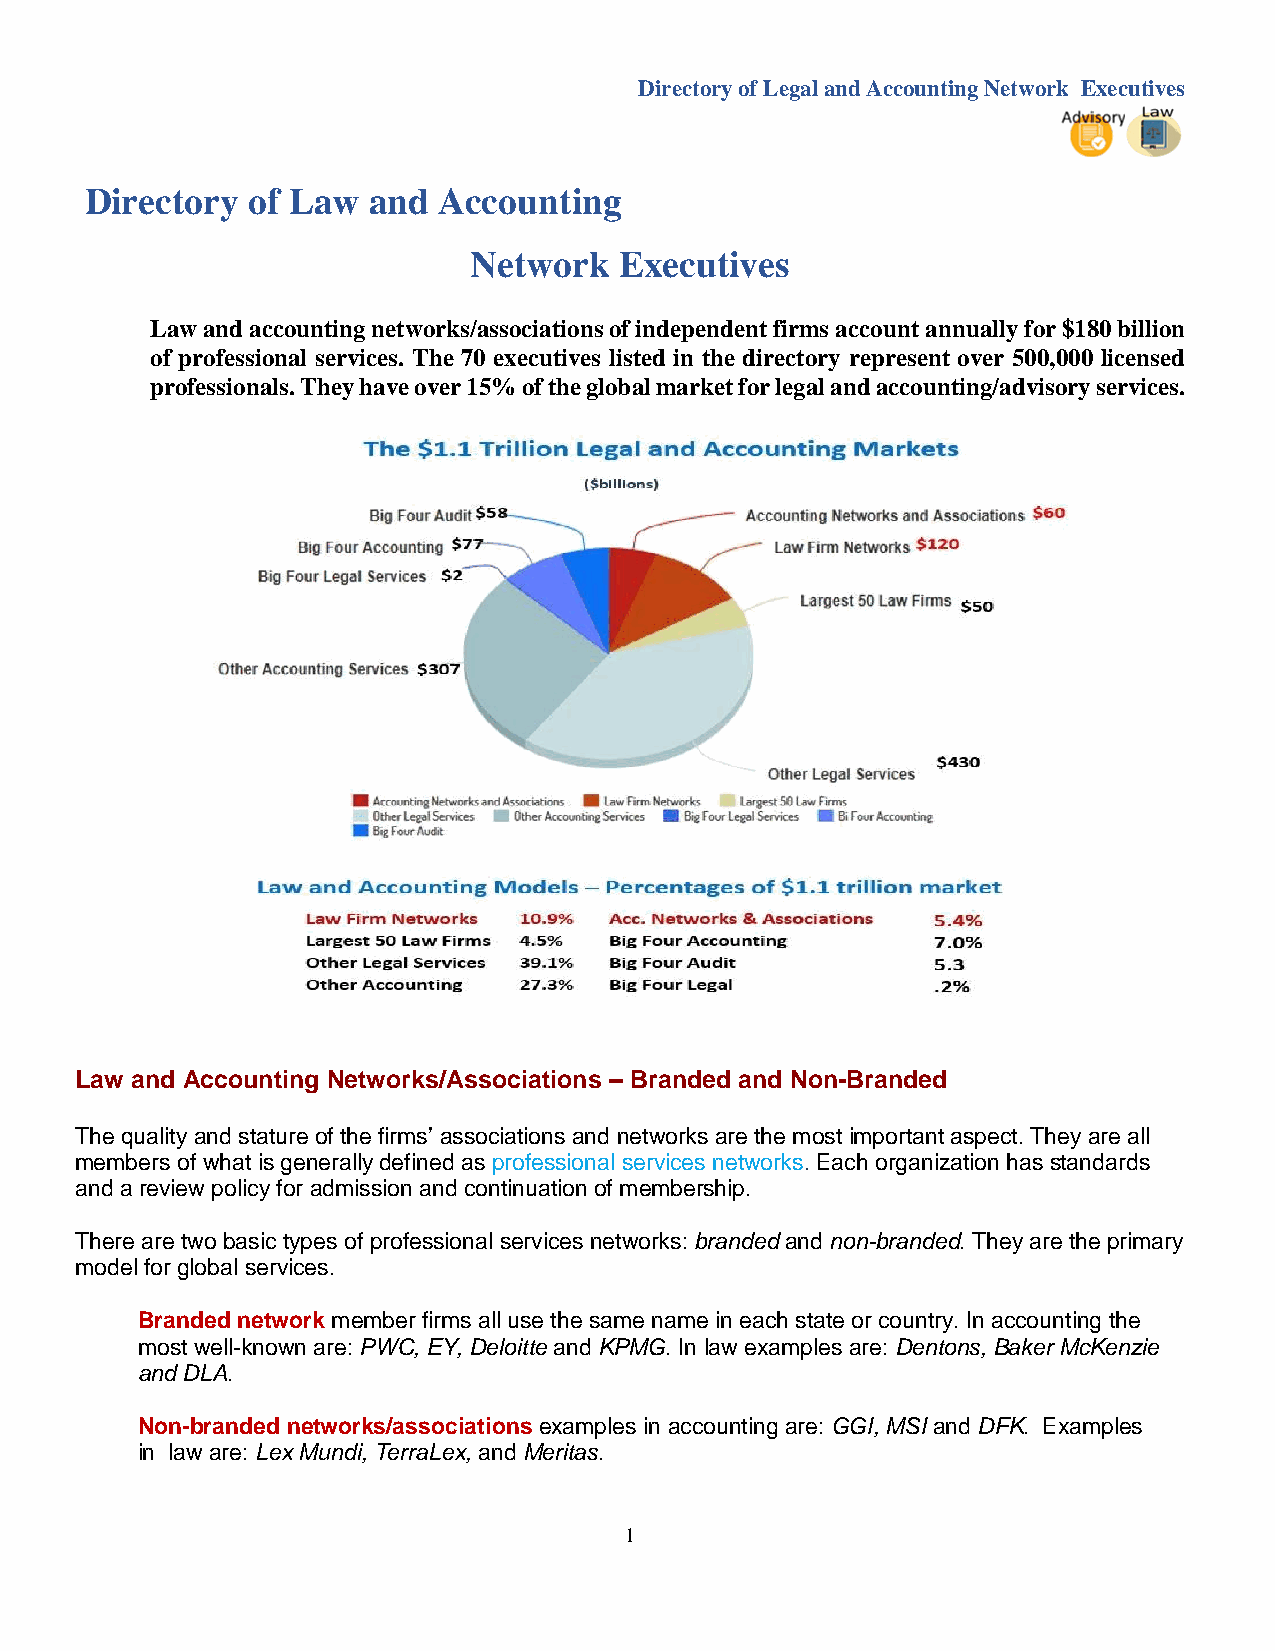
Directory of Legal and Accounting Network Executives
 Directory of Law  and  Accounting
 Network   Executives
 Law and accounting networks/associations of independent firms account annually for $180 billion
 of professional services. The 70 executives listed in the directory represent over 500,000 licensed
 professionals. They have over 15% of the global market for legal and accounting/advisory services.
 Law and Accounting Networks/Associations – Branded and Non-Branded
 The quality and stature of the firms’ associations and networks are the most important aspect. They are all
 members of what is generally defined as professional services networks. Each organization has standards
 and a review policy for admission and continuation of membership.
 There are two basic types of professional services networks: branded and non-branded. They are the primary
 model for global services.
 Branded network member firms all use the same name in each state or country. In accounting the
 most well-known are: PWC, EY, Deloitte and KPMG. In law examples are: Dentons, Baker McKenzie
 and DLA.
 Non-branded networks/associations examples in accounting are: GGI, MSI and DFK. Examples
 in law are: Lex Mundi, TerraLex, and Meritas.
 1